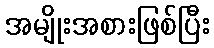
အမျိုးအစားဖြစ်ပြီး